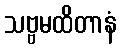
သဗ္ဗမထိတာနံ